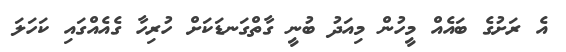
އެ ރަށުގެ ބައެއް މީހުން މިއަދު ބުނީ ގާތްގަނޑަކަށް ހުރިހާ ގެއެއްގައި ކަހަލަ